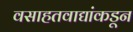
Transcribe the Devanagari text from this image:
वसाहतवाद्यांकडून